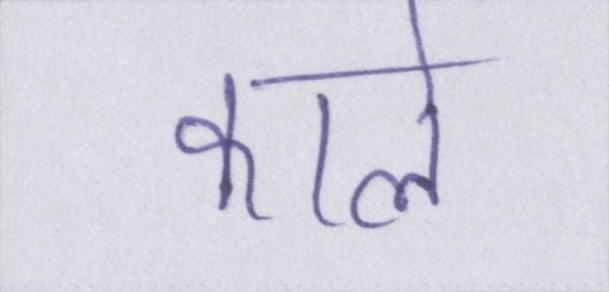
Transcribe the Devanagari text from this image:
काले